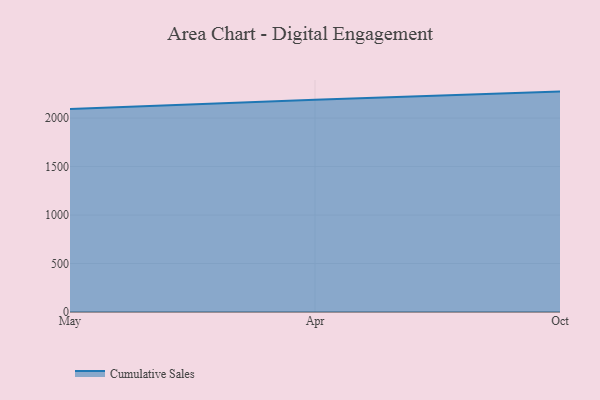
{"axis": {"x": "Month", "y": "Temperature (°C)"}, "legend": ["Cumulative Sales"], "data": [{"x": "May", "y": 2093.5, "type": "Cumulative Sales"}, {"x": "Apr", "y": 2189.3, "type": "Cumulative Sales"}, {"x": "Oct", "y": 2273.2, "type": "Cumulative Sales"}]}